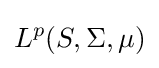
L^{p}(S,\Sigma ,\mu )